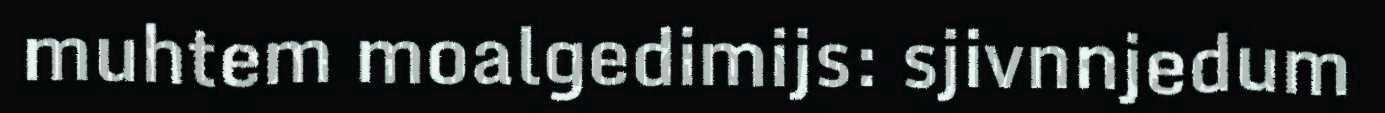
muhtem moalgedimijs: sjivnnjedum